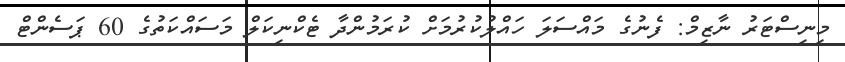
މިނިސްޓަރު ނާޒިމް: ފެނުގެ މައްސަލަ ހައްލުކުރުމަށް ކުރަމުންދާ ޓެކްނިކަލް މަސައްކަތުގެ 60 ޕަސެންޓް